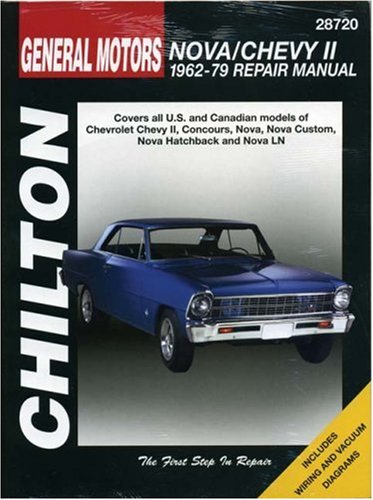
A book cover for Chevrolet Nova and Chevy II, 1962-79 (Chilton Total Car Care Series Manuals); Chilton; Engineering & Transportation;